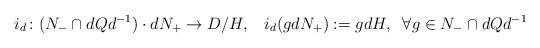
LaTeX: \begin{align*}i_d \colon (N_- \cap dQd^{-1}) \cdot d N_+ \to D/H, \; \; \;i_d(g d N_+) := gdH, \; \; \forall g \in N_- \cap d Qd^{-1}\end{align*}